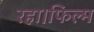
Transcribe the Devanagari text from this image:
रहा।फिल्म